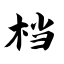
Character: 档